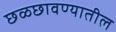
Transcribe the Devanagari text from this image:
छळछावण्यातील